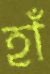
হাঁ